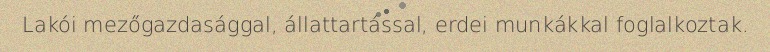
Lakói mezőgazdasággal, állattartással, erdei munkákkal foglalkoztak.